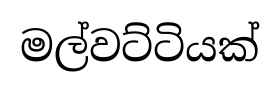
මල්වට්ටියක්